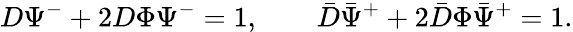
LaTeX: D\Psi^{-}+2D\Phi\Psi^{-}=1,\qquad\bar{D}\bar{\Psi}^{+}+2\bar{D}\Phi\bar{\Psi}^{+}=1.